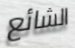
الشائع